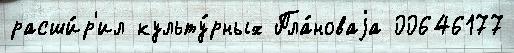
расши́р'ил культу́рных Пла́новаjа 00646177